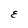
Character: E